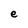
Character: e